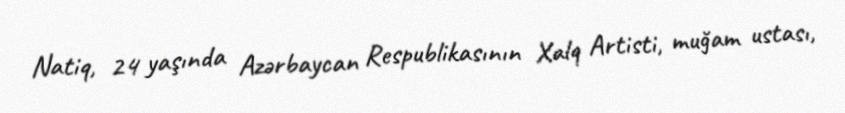
Natiq, 24 yaşında Azərbaycan Respublikasının Xalq Artisti, muğam ustası,